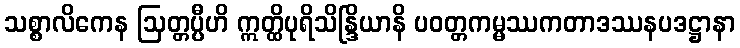
သစ္စာလိကေန ဩတ္တပ္ပီဟိ ဣတ္ထိပုရိသိန္ဒြိယာနိ ပဝတ္တကမ္မဿကတာဒဿနပဒဋ္ဌာနာ